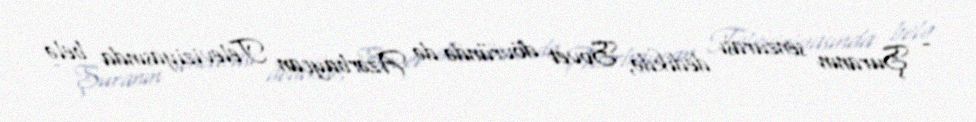
- Şuranın senzurası dedikdə, Sovet dövründə də Azərbaycan Televiziyasında belə